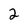
Character: 2